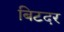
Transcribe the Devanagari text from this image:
बिटदर